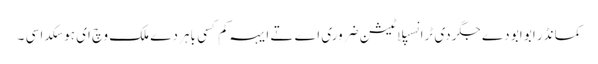
کمانڈر ابو ابو دے جگر دی ٹرانسپلاٹیشن ضروری اے تے ایہہ کم کسی باہر دے ملک وچ ای ہو سکدا سی ۔